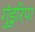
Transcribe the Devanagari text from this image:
गुंडुरिपा